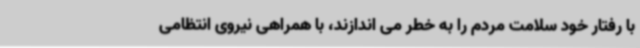
با رفتار خود سلامت مردم را به خطر می اندازند، با همراهی نیروی انتظامی